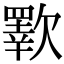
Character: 歝